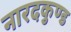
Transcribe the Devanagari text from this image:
नारदकुण्ड